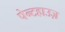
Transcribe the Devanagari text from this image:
पेन्टहाउज़